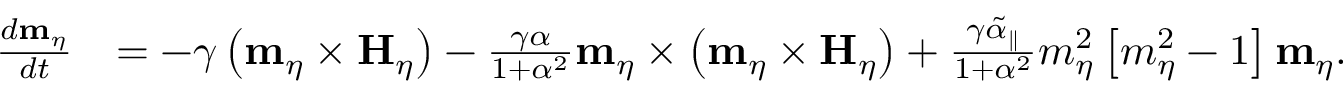
\begin{array} { r l } { \frac { d \mathbf { m } _ { \eta } } { d t } } & { = - \gamma \left( \mathbf { m } _ { \eta } \times \mathbf { H } _ { \eta } \right) - \frac { \gamma \alpha } { 1 + \alpha ^ { 2 } } \mathbf { m } _ { \eta } \times \left( \mathbf { m } _ { \eta } \times \mathbf { H } _ { \eta } \right) + \frac { \gamma \tilde { \alpha } _ { \parallel } } { 1 + \alpha ^ { 2 } } m _ { \eta } ^ { 2 } \left[ m _ { \eta } ^ { 2 } - 1 \right] \mathbf { m } _ { \eta } . } \end{array}